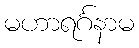
မဟာရင်္ဂနာမ